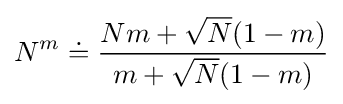
N^{m}\doteq {\frac {Nm+{\sqrt {N}}(1-m)}{m+{\sqrt {N}}(1-m)}}